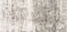
التصنيف